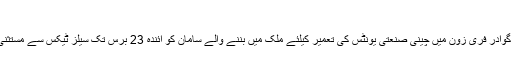
23 سال کے لیے کھلی چھوٹ
اسلام آباد (ویب ڈیسک ) پاکستان نے گوادر فری زون میں چینی صنعتی یونٹس کی تعمیر کیلئے ملک میں بننے والے سامان کو آئندہ 23 برس تک سیلز ٹیکس سے مستثنیٰ رکھنے کی یقین دہانی کروادی ہے۔